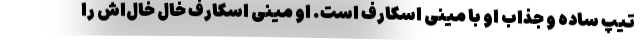
تیپ ساده و جذاب او با مینی اسکارف است. او مینی اسکارف خال خال‌اش را